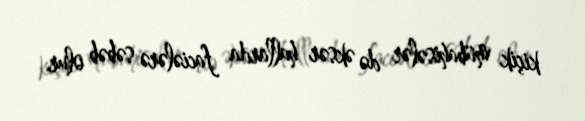
kiçik mübahisələr də əksər hallarda faciələrə səbəb olur.